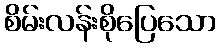
စိမ်းလန်းစိုပြေသော